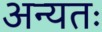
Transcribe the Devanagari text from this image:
अन्यतः